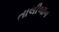
તાલીબાન